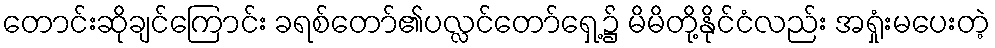
တောင်းဆိုချင်ကြောင်း ခရစ်တော်၏ပလ္လင်တော်ရှေ့၌ မိမိတို့နိုင်ငံလည်း အရှုံးမပေးတဲ့